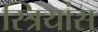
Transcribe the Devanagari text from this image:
स्त्रियांस